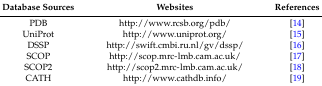
| Database Sources | Websites | References |
 | --- | --- | --- |
 | PDB | http://www.rcsb.org/pdb/ | [14] |
 | UniProt | http://www.uniprot.org/ | [15] |
 | DSSP | http://swift.cmbi.ru.nl/gv/dssp/ | [16] |
 | SCOP | http://scop.mrc-lmb.cam.ac.uk/ | [17] |
 | SCOP2 | http://scop2.mrc-lmb.cam.ac.uk/ | [18] |
 | CATH | http://www.cathdb.info/ | [19] |